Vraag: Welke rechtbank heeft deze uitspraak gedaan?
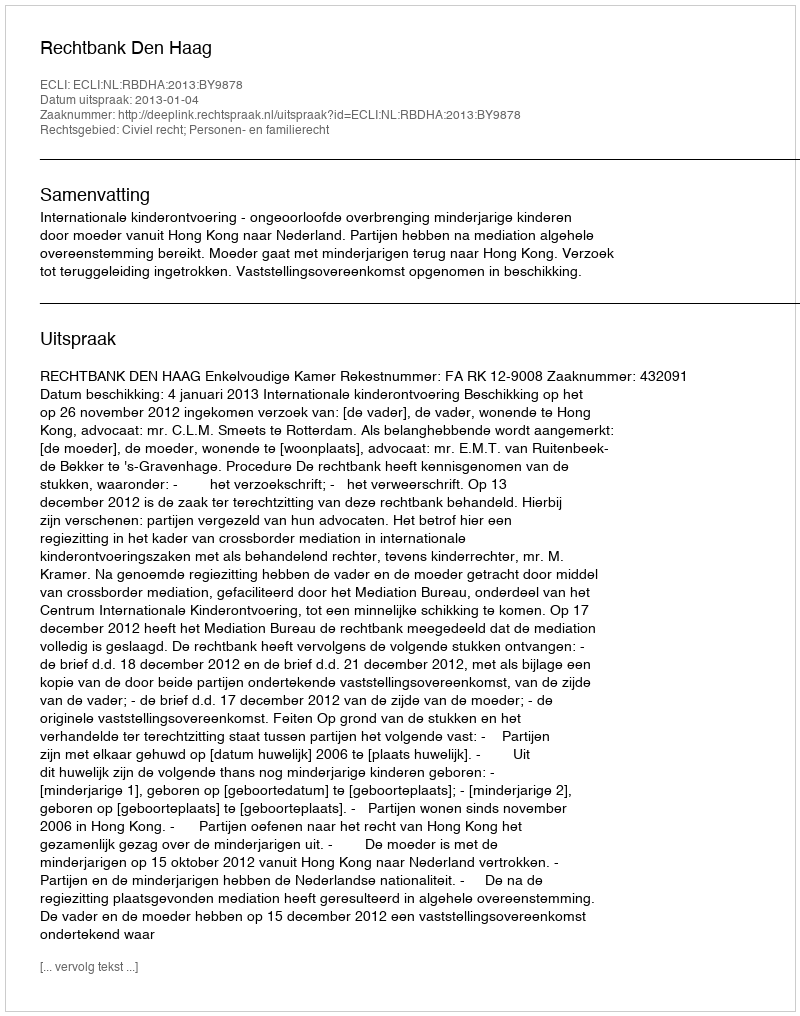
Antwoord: Rechtbank Den Haag